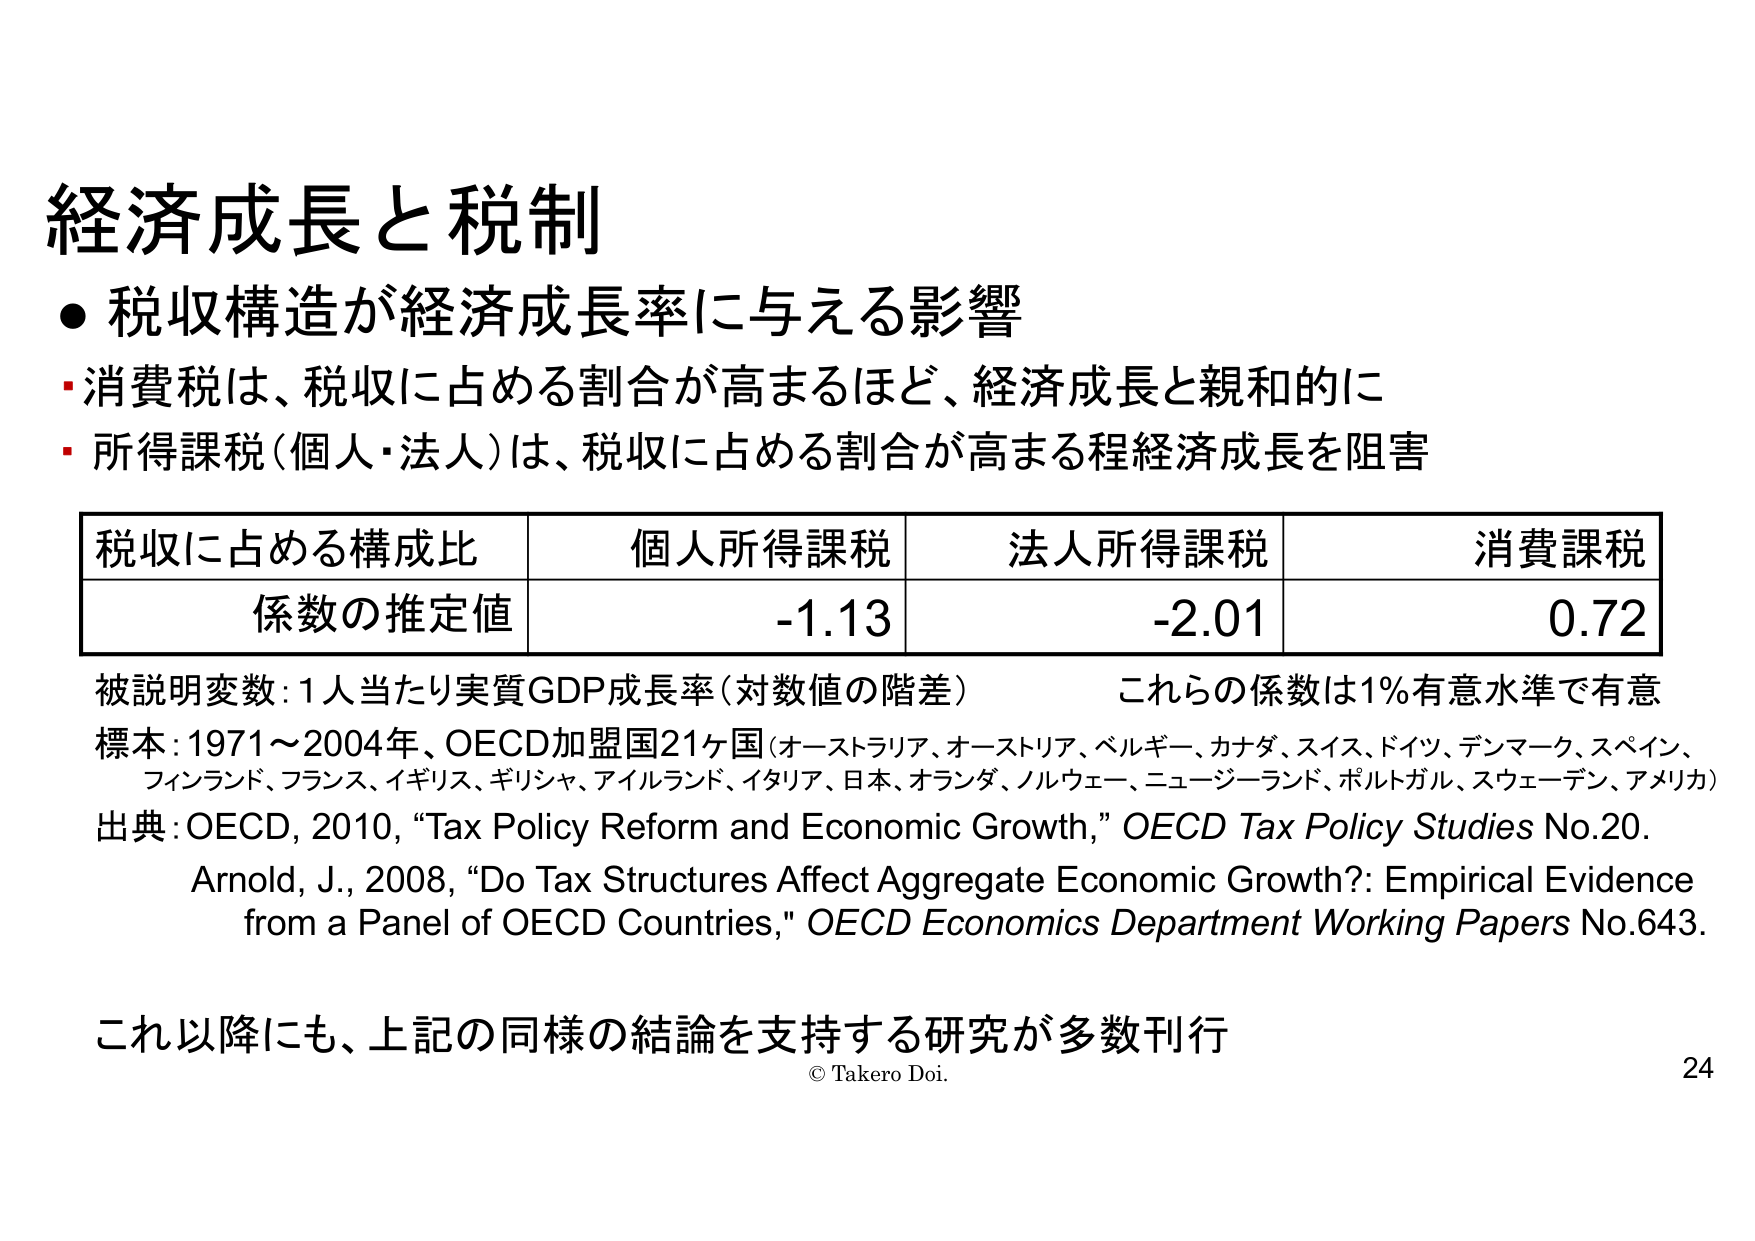
経済成長と税制
● 税収構造が経済成長率に与える影響
・消費税は、税収に占める割合が高まるほど、経済成長と親和的に
・所得課税（個人・法人）は、税収に占める割合が高まる程経済成長を阻害

税収に占める構成比　　個人所得課税　　法人所得課税　　消費課税
係数の推定値　　　　　　-1.13　　　　　　-2.01　　　　　　0.72

被説明変数：1人当たり実質GDP成長率（対数値の階差）　　これらの係数は1％有意水準で有意
標本：1971～2004年、OECD加盟国21ヶ国（オーストラリア、オーストリア、ベルギー、カナダ、スイス、ドイツ、デンマーク、スペイン、
フィンランド、フランス、イギリス、ギリシャ、アイルランド、イタリア、日本、オランダ、ノルウェー、ニュージーランド、ポルトガル、スウェーデン、アメリカ）
出典：OECD, 2010, “Tax Policy Reform and Economic Growth,” OECD Tax Policy Studies No.20.
Arnold, J., 2008, “Do Tax Structures Affect Aggregate Economic Growth?: Empirical Evidence
from a Panel of OECD Countries,” OECD Economics Department Working Papers No.643.

これ以降にも、上記の同様の結論を支持する研究が多数刊行
© Takero Doi. 24